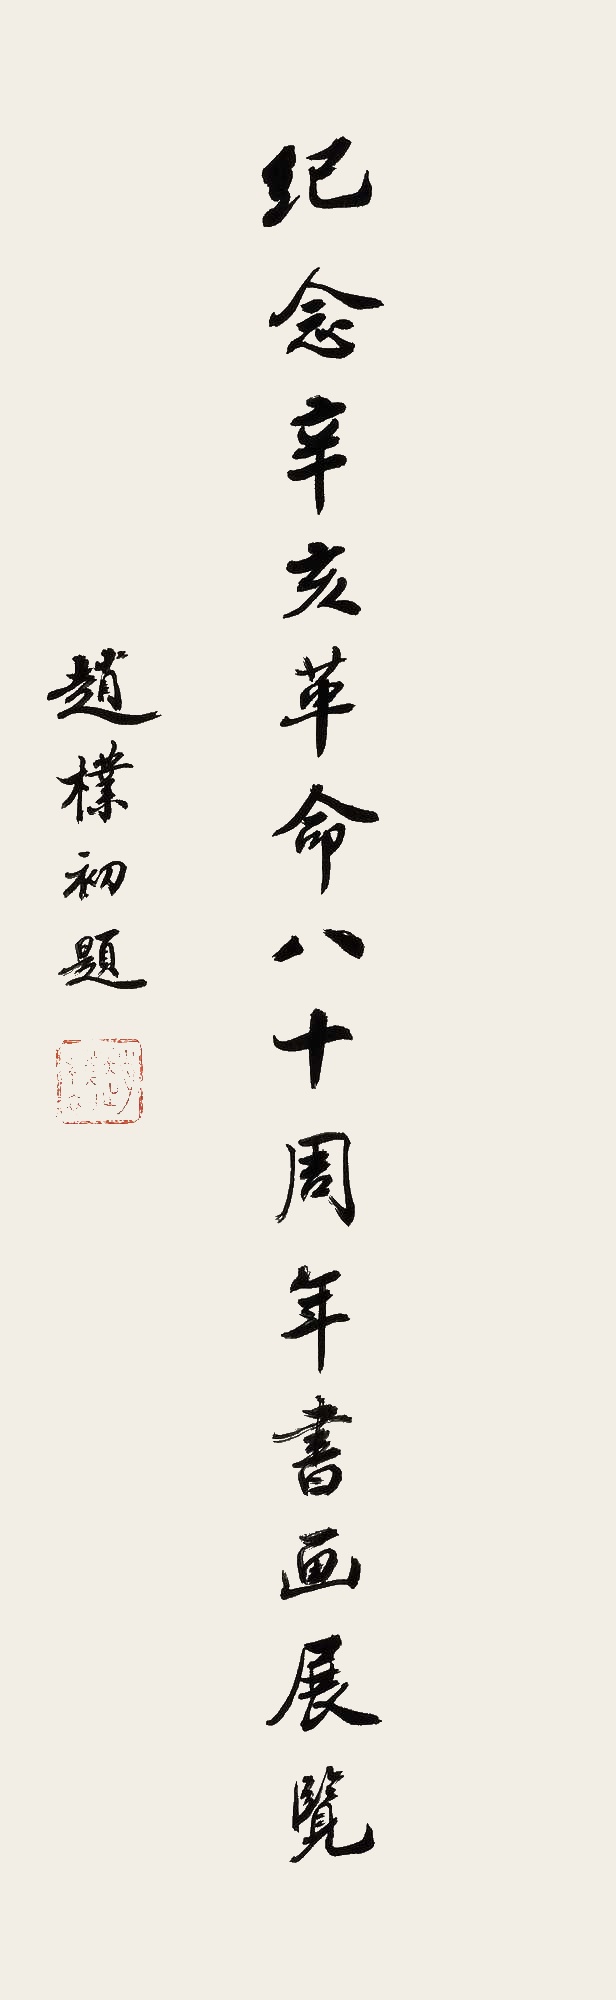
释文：纪念辛亥革命八十周年书画展览。赵朴初题。